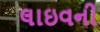
લાઇવની